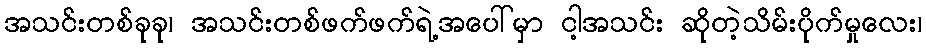
အသင်းတစ်ခုခု၊ အသင်းတစ်ဖက်ဖက်ရဲ့အပေါ်မှာ ငါ့အသင်း ဆိုတဲ့သိမ်းပိုက်မှုလေး၊